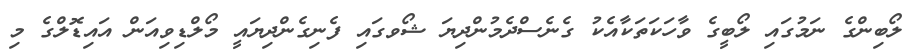
ލޯބިންގެ ނަމުގައި ލޯބީގެ ވާހަކަތަކާއެކު ގެނެސްދެމުންދިޔަ ޝޯވގަައި ފެނިގެންދިޔައީ މޯލްޑިވިއަން އައިޑޮލްގެ މި